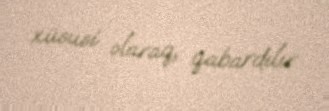
xüsusi olaraq, qabardılır.